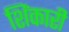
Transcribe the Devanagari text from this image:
शिंकारी